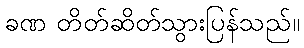
ခဏ တိတ်ဆိတ်သွားပြန်သည်။